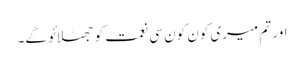
اور تم میری کون کون سی نعمت کو جھٹلائو گے۔